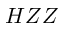
H Z Z